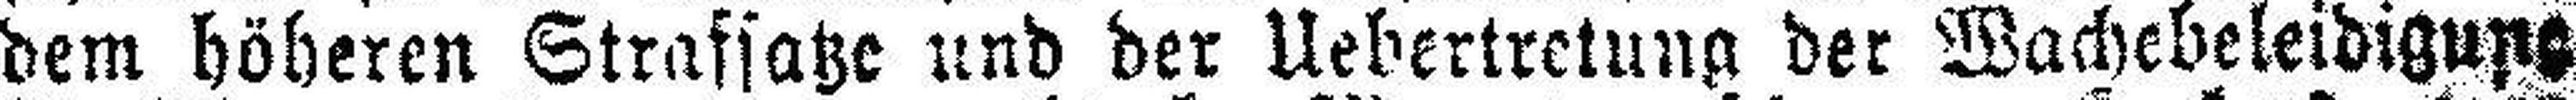
dem höheren Strassatze und der Uebertretung der Wachebeleidigung